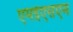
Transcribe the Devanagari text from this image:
एमईएसएम